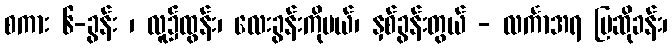
စကား ၆-ခွန်း ၊ လူ၌ထွန်း၊ လေးခွန်းကိုပယ်၊ နှစ်ခွန်းတွယ် - လင်္ကာအရ ပြဆိုခန်း၊